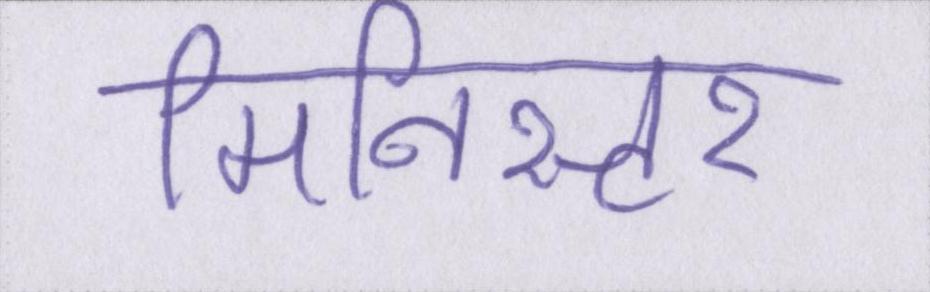
मिनिस्टर